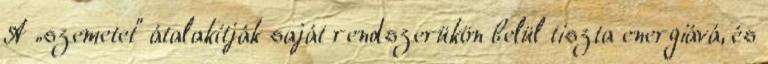
A „szemetet” átalakítják saját rendszerükön belül tiszta energiává, és